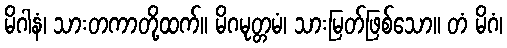
မိဂါနံ၊ သားတကာတို့ထက်။ မိဂမုတ္တမံ၊ သားမြတ်ဖြစ်သော။ တံ မိဂံ၊